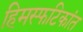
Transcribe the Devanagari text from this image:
हिमस्फटिकांत